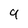
Character: 9